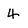
Character: 4